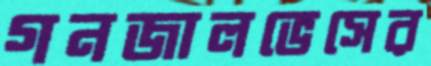
গনজালভেসের